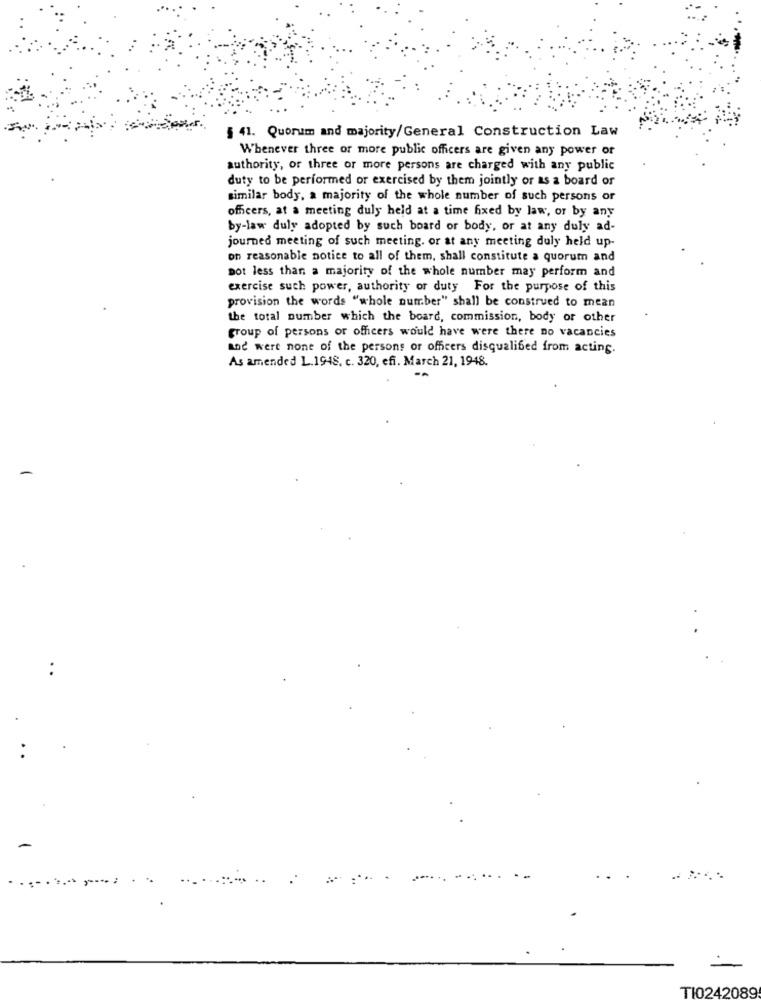
§ 41. Quorum and majority/General Construction Law
Whenever three or more public officers are given any power or
authority, or three or more persons are charged with any public
duty to be performed or exercised by them jointly or as a board of
similar body, a majority of the whole number of such persons or
officers, at a meeting duly held at a time fixed by law, or by any
by-law duly adopted by such board or body, or at any duly ad-
journed meeting of such meeting. or at any meeting duly held up-
on reasonable notice to all of them, shall constitute a quorum and
pot less than a majority of the whole number may perform and
exercise such power, authority of duty For the purpose of this
provision the words "whole number" shall be construed to mean
the total number which the board, commission, body or other
group of persons or officers would have were there no vacancies
and were none of the persons or officers disqualified from acting.
As amended L.1948. c. 320, efi. March 21, 1948.
TI0242089